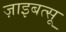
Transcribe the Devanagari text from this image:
ज़ाइबत्सू